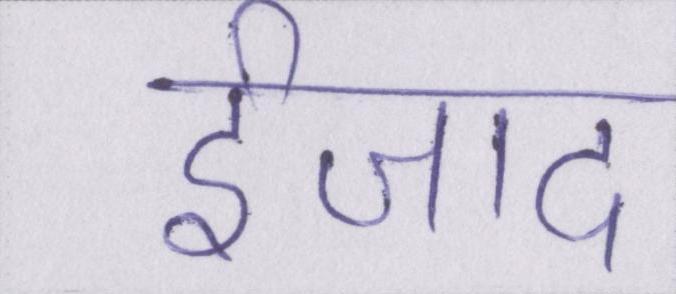
ईजाद